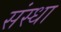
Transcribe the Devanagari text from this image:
संस्धा